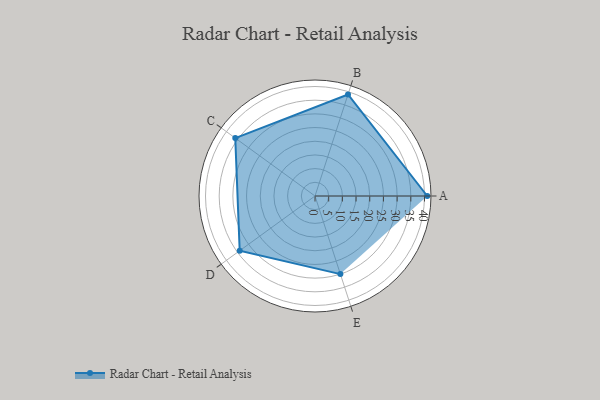
{"axis": {"x": "Skill", "y": "Score"}, "legend": ["Profile"], "data": [{"x": "A", "y": 41.0, "type": "Profile"}, {"x": "B", "y": 39.0, "type": "Profile"}, {"x": "C", "y": 36.0, "type": "Profile"}, {"x": "D", "y": 34.0, "type": "Profile"}, {"x": "E", "y": 30.0, "type": "Profile"}]}